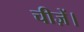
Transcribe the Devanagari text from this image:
चीज़ें।